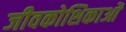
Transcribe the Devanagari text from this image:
जीवकोशिकाओं